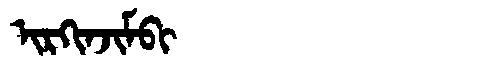
Manchu: ᡳᡵᡴᡳᠨᠵᡳᠮᠪᡳ
Romanization: IRKINJIMBI